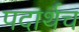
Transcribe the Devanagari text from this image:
पदार्थच